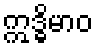
ဣဒ္ဓိမာဝ